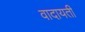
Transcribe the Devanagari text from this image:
वादायती